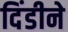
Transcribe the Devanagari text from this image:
दिंडीने